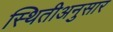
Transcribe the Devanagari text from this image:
स्थितीअनुसार